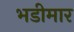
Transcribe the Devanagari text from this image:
भडीमार